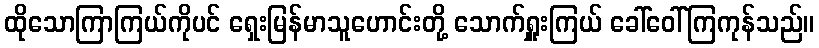
ထိုသောကြာကြယ်ကိုပင် ရှေးမြန်မာသူဟောင်းတို့ သောက်ရှူးကြယ် ခေါ်ဝေါ်ကြကုန်သည်။